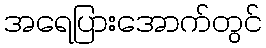
အရေပြားအောက်တွင်